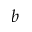
b